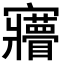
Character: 𡬌